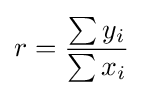
r={\frac {\sum y_{i}}{\sum x_{i}}}